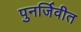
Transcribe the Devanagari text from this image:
पुनर्जिवीत